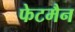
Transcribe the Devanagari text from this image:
फेटमैन